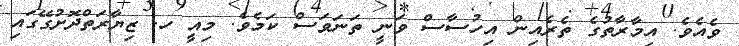
ވެއެވެ. އިމާރާތުގެ ތެރެއިން އިހުސާސް ވަނީ ތަނަވަސް ކަމެވެ. މިއީ ހ. ޒިޔާރަތްދޮށުގޭގައި